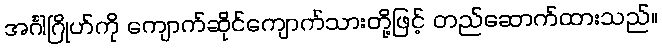
အင်္ဂါဂြိုဟ်ကို ကျောက်ဆိုင်ကျောက်သားတို့ဖြင့် တည်ဆောက်ထားသည်။